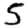
Digit: 5